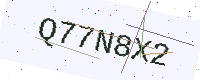
Text: Q77N8X2